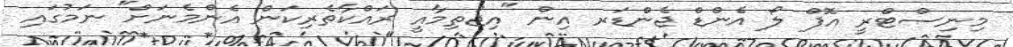
މިނިސްޓްރީ އޮފް ލޯ އެންޑް ޖެންޑަރ އިން "އިޖުތިމާއީ ރައްކާތެރިކަން އެންމެނަށް" ނަމުގައި